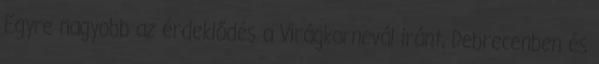
Egyre nagyobb az érdeklődés a Virágkarnevál iránt, Debrecenben és